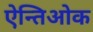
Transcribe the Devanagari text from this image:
ऐन्तिओक